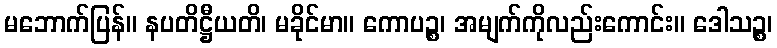
မဘောက်ပြန်။ နပတိဋ္ဌီယတိ၊ မခိုင်မာ။ ကောပဉ္စ၊ အမျက်ကိုလည်းကောင်း။ ဒေါသဉ္စ၊